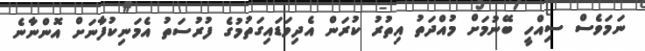
ނަމަވެސް ސިއްހީ ބޭނުމަށް މުއްދަތު އިތުރު ކުރަން އެދިވަޑައިގަތުމުގެ ފުރުސަތު އެމަނިކުފާނަށް އޮންނާނެ